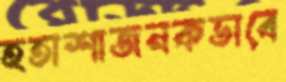
হতাশাজনকভাবে